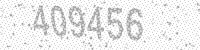
Solution: 409456